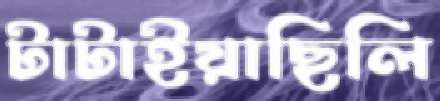
টাটাইয়াছিলি